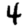
Digit: 4